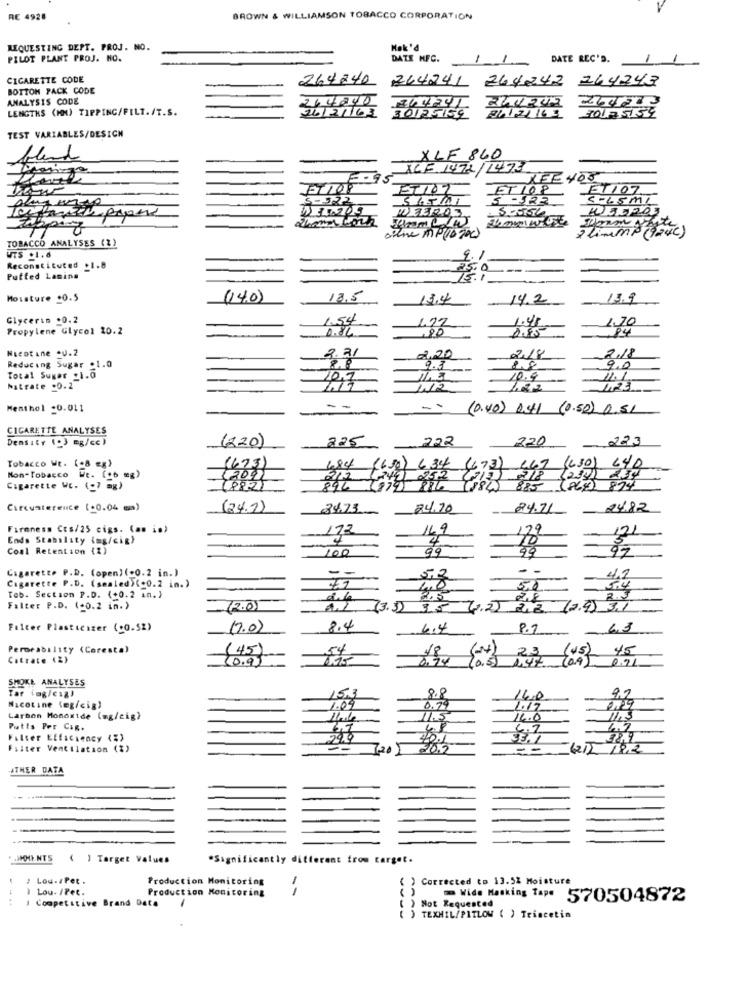
RE 4928
BROWN & WILLIAMSON TOBACCO CORPORATION
REQUESTING DEPT. PROJ. NO.
Hak'd
PILOT PLANT PROJ. NO.
DATE NFC.
DATE REC'D.
CIGARETTE CODE
264240
244241
264242
244243
BOTTON PACK CODE
ANALYSIS CODE
264240
LENGTHS (MM) TIPPING/FILT. /T.S.
21121163
TEST VARIABLES/DESIGN
blend
XLF 860
XCF. 1472/1473
ET 108
FT107.
5 -122
5-556
Slimme (Youc)
TOBACCO ANALYSES (2)
WTS .1.6
9.1
Reconstituted _1.8
25.0
Putted Lamine
15.1
Moisture .0.5
(14.0)
13.5
13.4
14.2
13.9
Glycerin .0.2
1.54
Propylene Glycol 20.2
0.84
.80
84
Nicotine .V.2
2.31
2.20
Reducing Sugar .1.0
9.3
9,0
Total Suger _1.0
12.1
10.9
11.1
hatrate =0.2
123
Menthol =0.011
(0.40) 1.4.1 (0.50) 0.51
CIGARETTE ANALYSES
Density (.3 mg/cc)
(220)
225
222
220
223
-
(673)
Tobacco We. (-8 gg)
684 (650)
634 47)
(630) 640
Mon-Tobacco Wt. (16 mg)
212
212
(2331
Cigarette WE. (7 mg)
18821
894 (879)
885 (864) 874
Circumterence (+0.04 mm)
(24.2)
34.73
24.70
24.71
24.82
Firmness Cos/25 cigs. (am is)
172
14.9
129
Ends Stability (mg/cit)
4.
121
Coal Retention (%)
100
99
Cigarette P.D. (open)(-0.2 in.)
* -
12
Cigarette P.D. (sealed) (.0.2 in.)
72
5.4
Teb. Section P.D. (+0.2 an.)
dile
Filter P.D. (-0.2 in.)
(2.05
(3.3)
35 (0,2) die (2.4) 3.1
Filter Plasticizer (+0.52)
17.0)
8.4
4.4
43
Permeability (Coresta)
Catrate (2)
(45)
20.95
23 (45)
45
SMOKE ANALYSES
Tar (ag/cıgl
153
14.0
Nicotine (eg/cig)
1.04
1.17
carbon Monoxide (ng/cig)
16.0
Putts Per Cag.
1,7
Filter Efficiency (#>
299
Filter Ventilation (%)
--
(212 1912
THER DATA
( ) Target Values
*Significantly different from target.
: : Lou-/Pet .
Production Monitoring
( ) Corrected to 13.5% Moisture
I Lou./Pet.
Production Monitoring
1 Competitive Brand Date
Wide Masking Tape 570504872
( ) Not Requested
) TEXHIL/PITLOW ( ) Trincetin